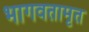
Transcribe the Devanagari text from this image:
भागवतामृत